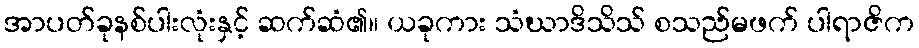
အာပတ်ခုနစ်ပါးလုံးနှင့် ဆက်ဆံ၏။ ယခုကား သံဃာဒိသိသ် စသည်မဖက် ပါရာဇိက